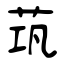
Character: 茿